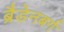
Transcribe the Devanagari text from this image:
ब्रैडेनबर्ग